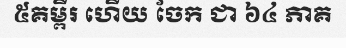
៥គម្ពីរ ហើយ ចែក ជា ៦៤ ភាគ